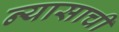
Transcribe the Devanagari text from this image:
न्यासाची